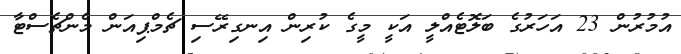
އުމުރުން 23 އަހަރުގެ ބަލޮޓެއްލީ އަކީ މީގެ ކުރިން އިނގިރޭސި ޗެމްޕިއަން މެންޗެސްޓާ